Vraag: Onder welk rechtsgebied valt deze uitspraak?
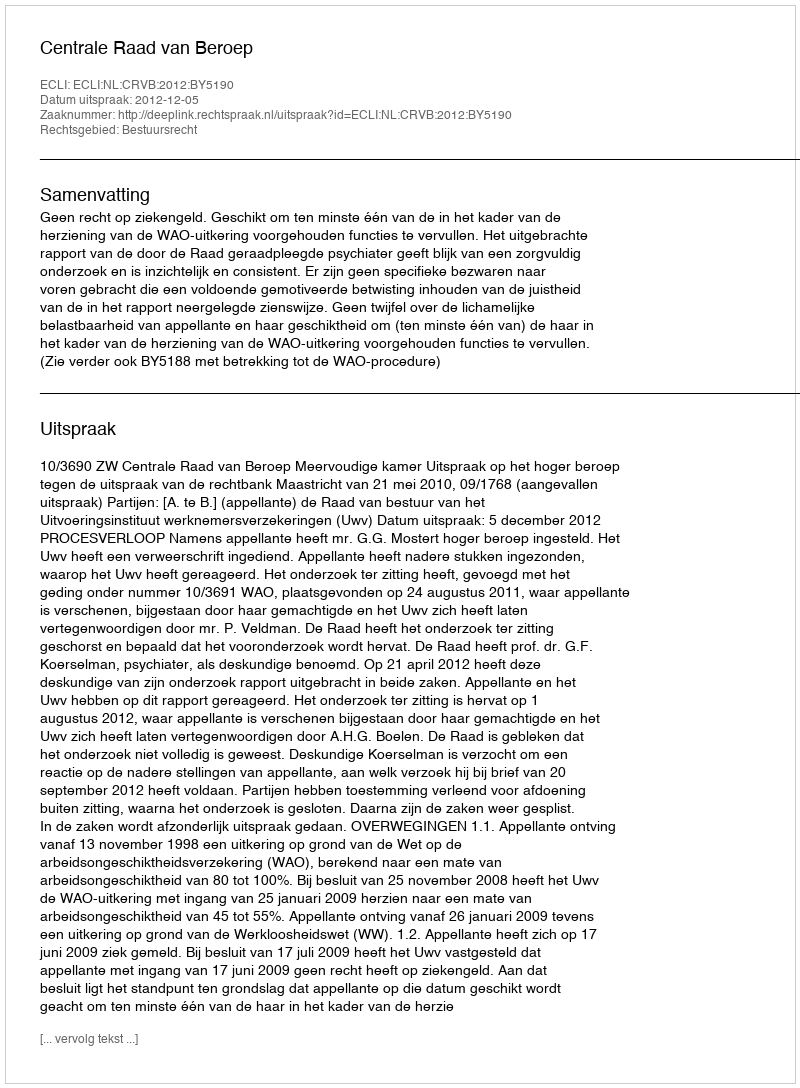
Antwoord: Bestuursrecht